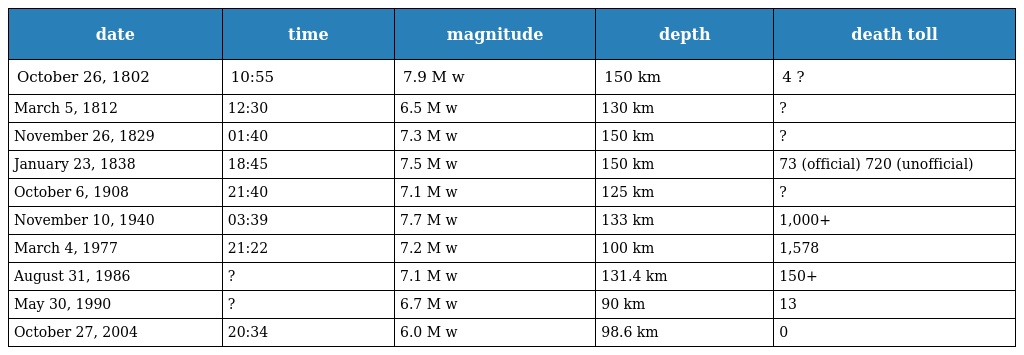
| date | time | magnitude | depth | death toll |
 | --- | --- | --- | --- | --- |
 | October 26, 1802 | 10:55 | 7.9 M w | 150 km | 4 ? |
 | March 5, 1812 | 12:30 | 6.5 M w | 130 km | ? |
 | November 26, 1829 | 01:40 | 7.3 M w | 150 km | ? |
 | January 23, 1838 | 18:45 | 7.5 M w | 150 km | 73 (official) 720 (unofficial) |
 | October 6, 1908 | 21:40 | 7.1 M w | 125 km | ? |
 | November 10, 1940 | 03:39 | 7.7 M w | 133 km | 1,000+ |
 | March 4, 1977 | 21:22 | 7.2 M w | 100 km | 1,578 |
 | August 31, 1986 | ? | 7.1 M w | 131.4 km | 150+ |
 | May 30, 1990 | ? | 6.7 M w | 90 km | 13 |
 | October 27, 2004 | 20:34 | 6.0 M w | 98.6 km | 0 |